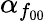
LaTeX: \alpha_{f_{00}}